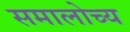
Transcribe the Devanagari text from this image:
समालोच्य